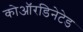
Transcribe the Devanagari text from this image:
कोऑरडिनेटेड